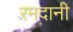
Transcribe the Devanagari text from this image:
रमदानी